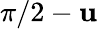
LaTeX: \pi/2-\mathbf{u}